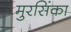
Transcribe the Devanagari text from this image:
मुरसिंका